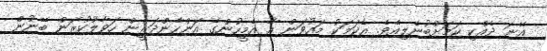
އޭނަ ދެއްކި ކަމަށްބުނެލިއެވެ. އެކަމަކު މައުވަން އާ އެމީހުންގެ އަންހެންދަރީން ހަވާލުކުރަން ބޭނުން